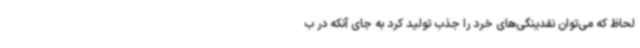
لحاظ که می‌توان نقدینگی‌های خرد را جذب تولید کرد به جای آنکه در ب